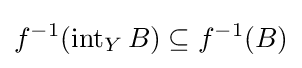
f^{-1}(\operatorname {int} _{Y}B)\subseteq f^{-1}(B)